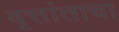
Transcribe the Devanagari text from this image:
वृत्तांताचा